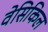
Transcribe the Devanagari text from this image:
वेसिकिल